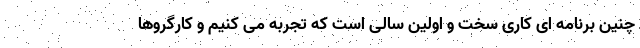
چنین برنامه ای کاری سخت و اولین سالی است که تجربه می کنیم و کارگروها